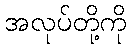
အလုပ်တို့ကို